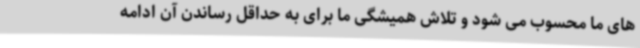
های ما محسوب می شود و تلاش همیشگی ما برای به حداقل رساندن آن ادامه